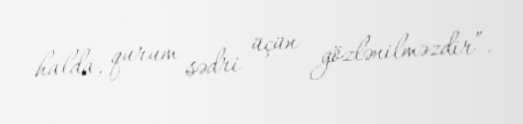
halda, qurum sədri üçün gözlənilməzdir”.